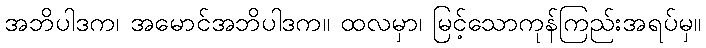
အဘိပါဒက၊ အမောင်အဘိပါဒက။ ထလမှာ၊ မြင့်သောကုန်ကြည်းအရပ်မှ။